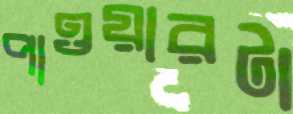
পাওয়ারটা